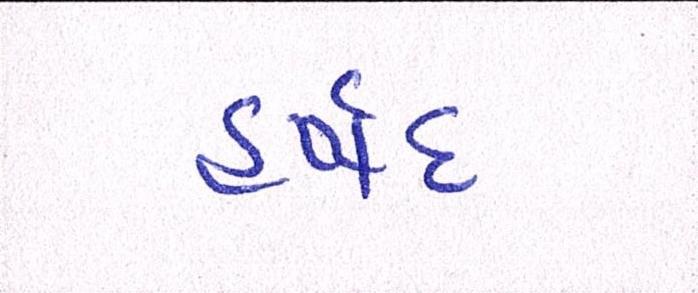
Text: હર્ષદ